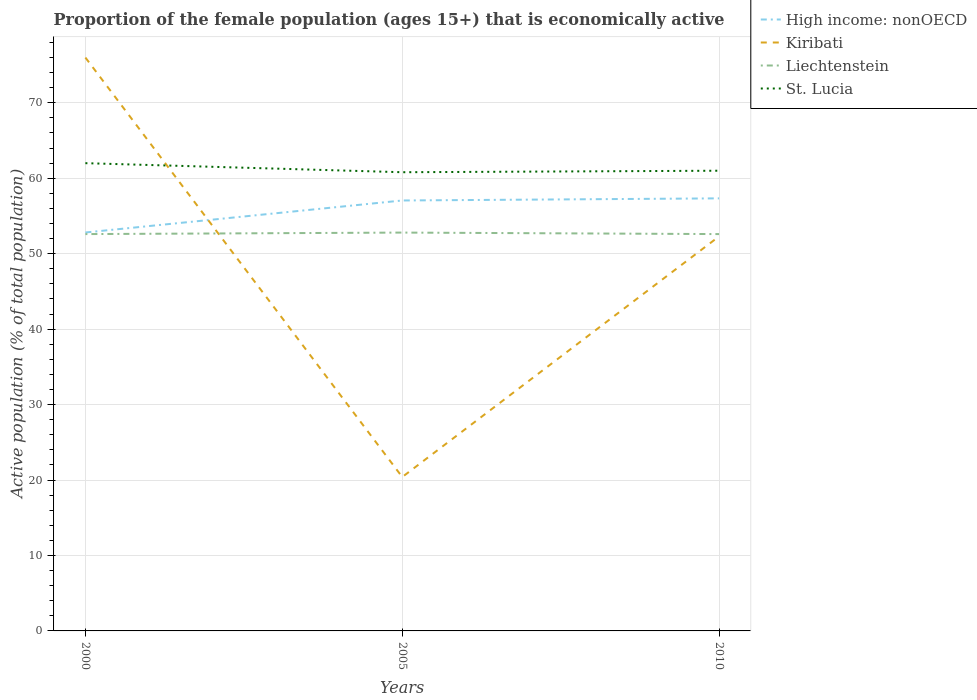
| Years | High income: nonOECD | Kiribati | Liechtenstein | St. Lucia |
 | --- | --- | --- | --- | --- |
 | 2000 | 52.8 | 76 | 52.6 | 62 |
 | 2005 | 57.1 | 20.4 | 52.8 | 60.8 |
 | 2010 | 57.3 | 52.3 | 52.6 | 61 |